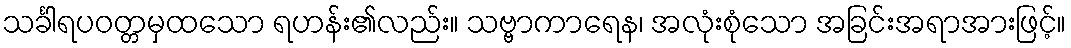
သင်္ခါရပဝတ္တမှထသော ရဟန်း၏လည်း။ သဗ္ဗာကာရေန၊ အလုံးစုံသော အခြင်းအရာအားဖြင့်။